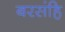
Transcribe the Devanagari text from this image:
बरसंहि